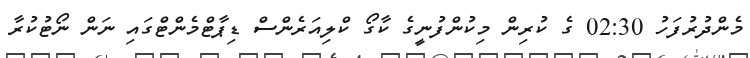
މެންދުރުފަހު 02:30 ގެ ކުރިން މިކުންފުނީގެ ކާގޯ ކްލިއަރެންސް ޑިޕާޓްމެންޓްގައި ނަން ނޯޓުކުރާ